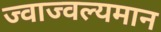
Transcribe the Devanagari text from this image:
ज्वाज्वल्यमान